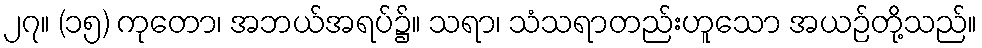
၂၇။ (၁၅) ကုတော၊ အဘယ်အရပ်၌။ သရာ၊ သံသရာတည်းဟူသော အယဉ်တို့သည်။